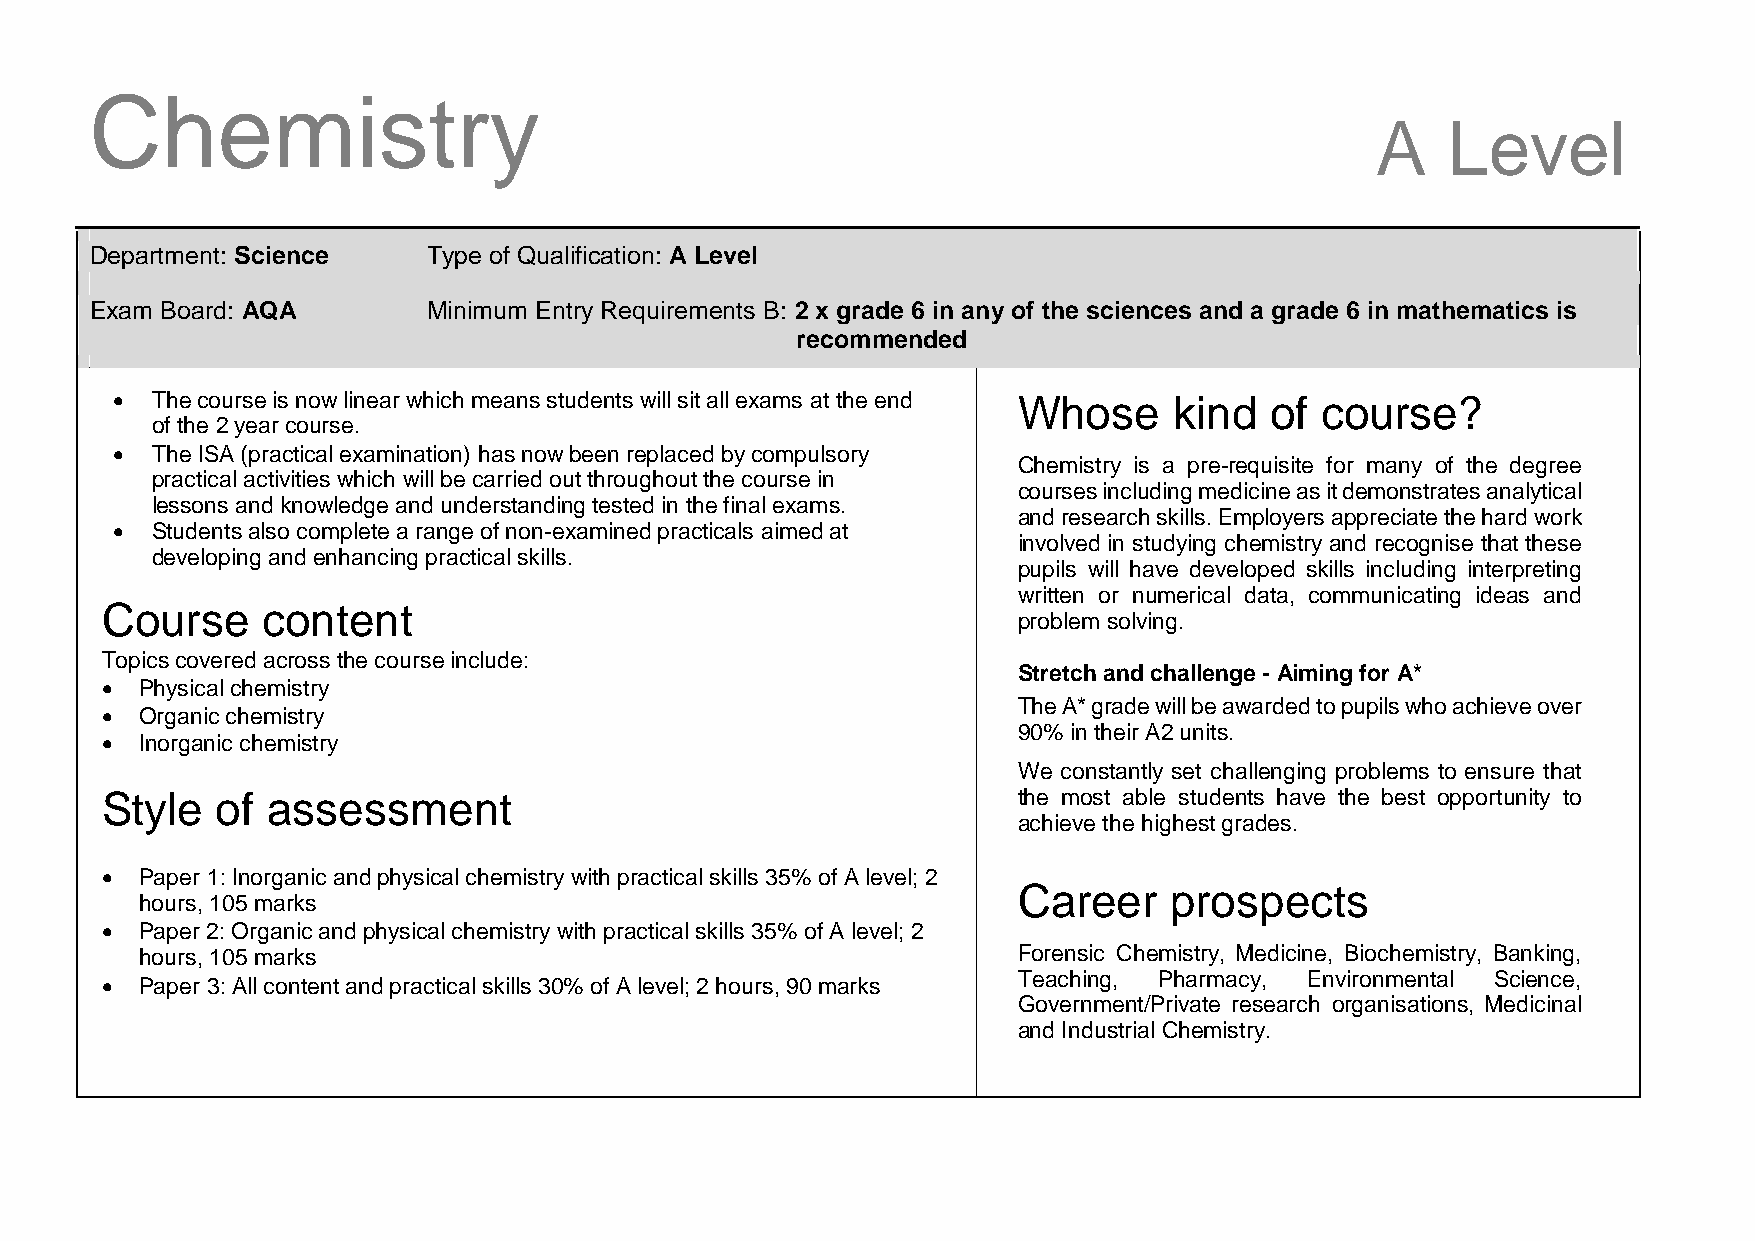
Chemistry
 A    Level
 Department: Science   Type of Qualification: A Level
 Exam Board: AQA       Minimum Entry Requirements B: 2 x grade 6 in any of the sciences and a grade 6 in mathematics is
 recommended
   The course is now linear which means students will sit all exams at the end Whose kind of course?
 of the 2 year course.
 
   The ISA (practical examination) has now been replaced by compulsory
 Chemistry is a pre-requisite for many of the degree
 practical activities which will be carried out throughout the course in
 courses including medicine as it demonstrates analytical
 lessons and knowledge and understanding tested in the final exams.
 and research skills. Employers appreciate the hard work
   Students also complete a range of non-examined practicals aimed at
 involved in studying chemistry and recognise that these
 developing and enhancing practical skills. 
 pupils will have developed skills including interpreting
 written or numerical data, communicating ideas and
 Course    content
 problem solving.
 Topics covered across the course include:
 Stretch and challenge - Aiming for A*
  Physical chemistry
 The A* grade will be awarded to pupils who achieve over
  Organic chemistry
 90% in their A2 units.
  Inorganic chemistry
 We constantly set challenging problems to ensure that
 Style  of  assessment                                       the most able students have the best opportunity to
 achieve the highest grades.
  Paper 1: Inorganic and physical chemistry with practical skills 35% of A level; 2
 Career    prospects
 hours, 105 marks
  Paper 2: Organic and physical chemistry with practical skills 35% of A level; 2
 hours, 105 marks                                         Forensic Chemistry, Medicine, Biochemistry, Banking,
 Teaching, Pharmacy, Environmental Science,
  Paper 3: All content and practical skills 30% of A level; 2 hours, 90 marks
 Government/Private research organisations, Medicinal
 and Industrial Chemistry.